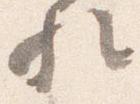
歟